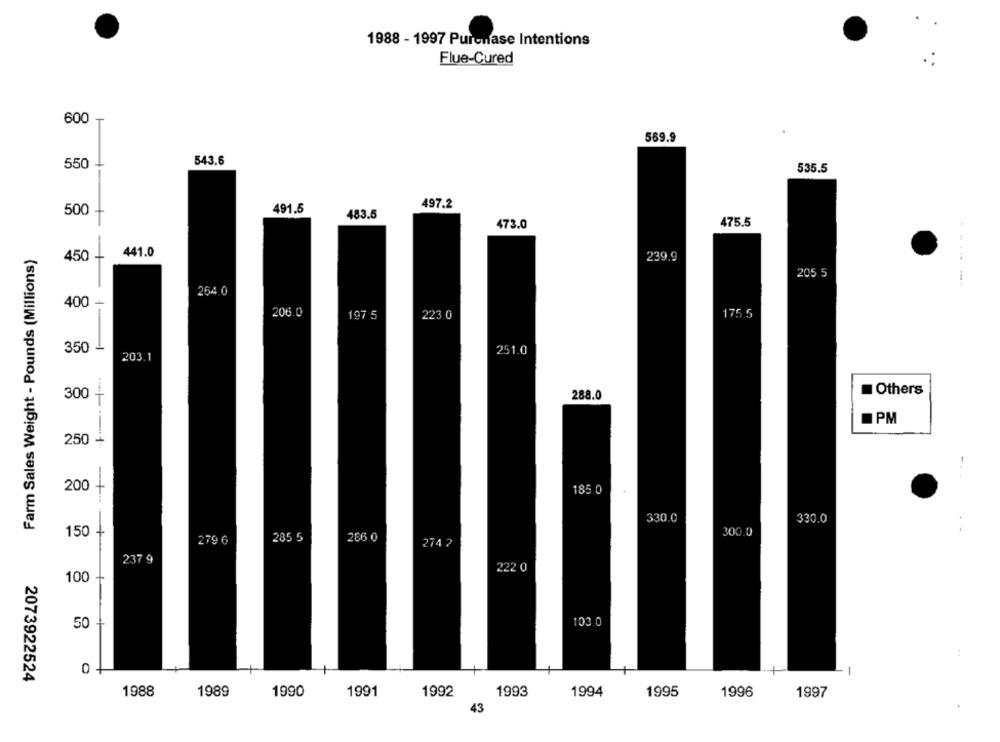
1988 - 1997 Purchase Intentions
Flue-Cured
600
569.9
550
543.6
535.5
497.2
500
+
491.5
483.5
475.5
473.0
Farm Sales Weight - Pounds (Millions)
-
441.0
450 +
239.9
205 5
264.0
400
206.0
197 5
223 0
175.5
350
203.1
251.0
Others
300-
288.0
PM
250 +
200
185.0
330.0
330.0
150
300.0
279 6
205 5
286.0
274 2
237 9
222 0
100
50 -
103.0
O -
2073922524
1988
1989
1990
1991
1992
1993
1994
1995
1996
1997
43